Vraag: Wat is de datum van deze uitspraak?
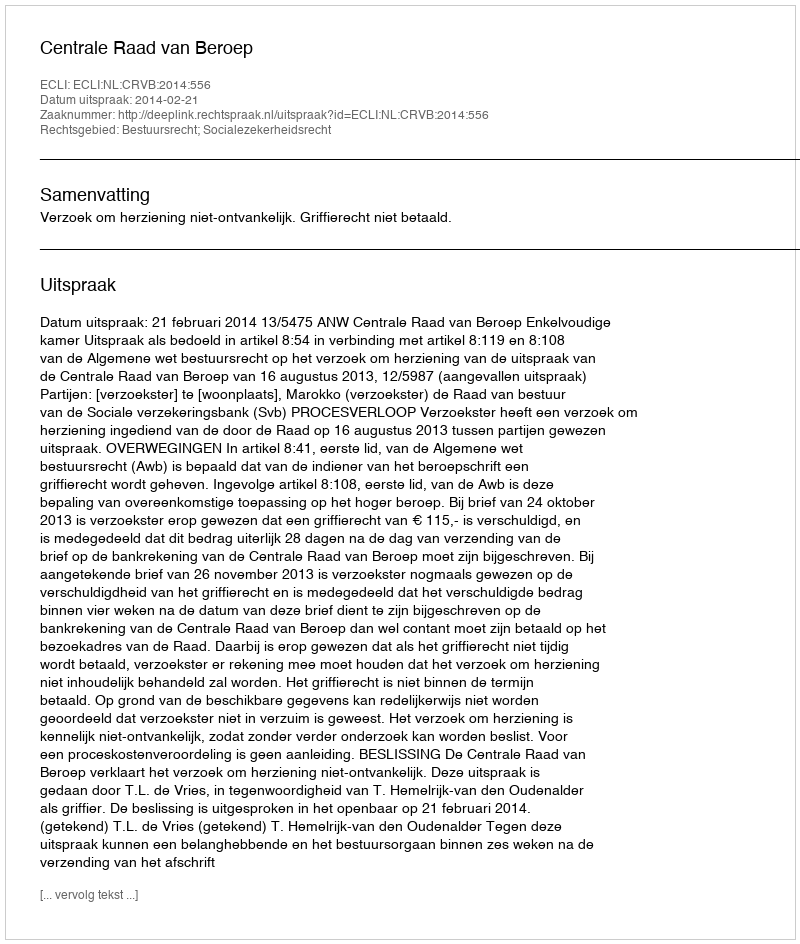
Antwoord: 2014-02-21